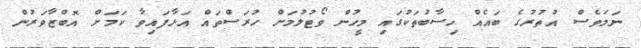
ނަމަވެސް އުތުރުގެ ބައެއް ހިސާބުތަކުގައި މީހުން ވޯޓުލުމަށް ހުރަސްތައް އަޅާފައިވާ ކަމަށް އޮބްޒާވަރުން